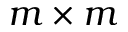
m \times m